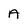
Character: A